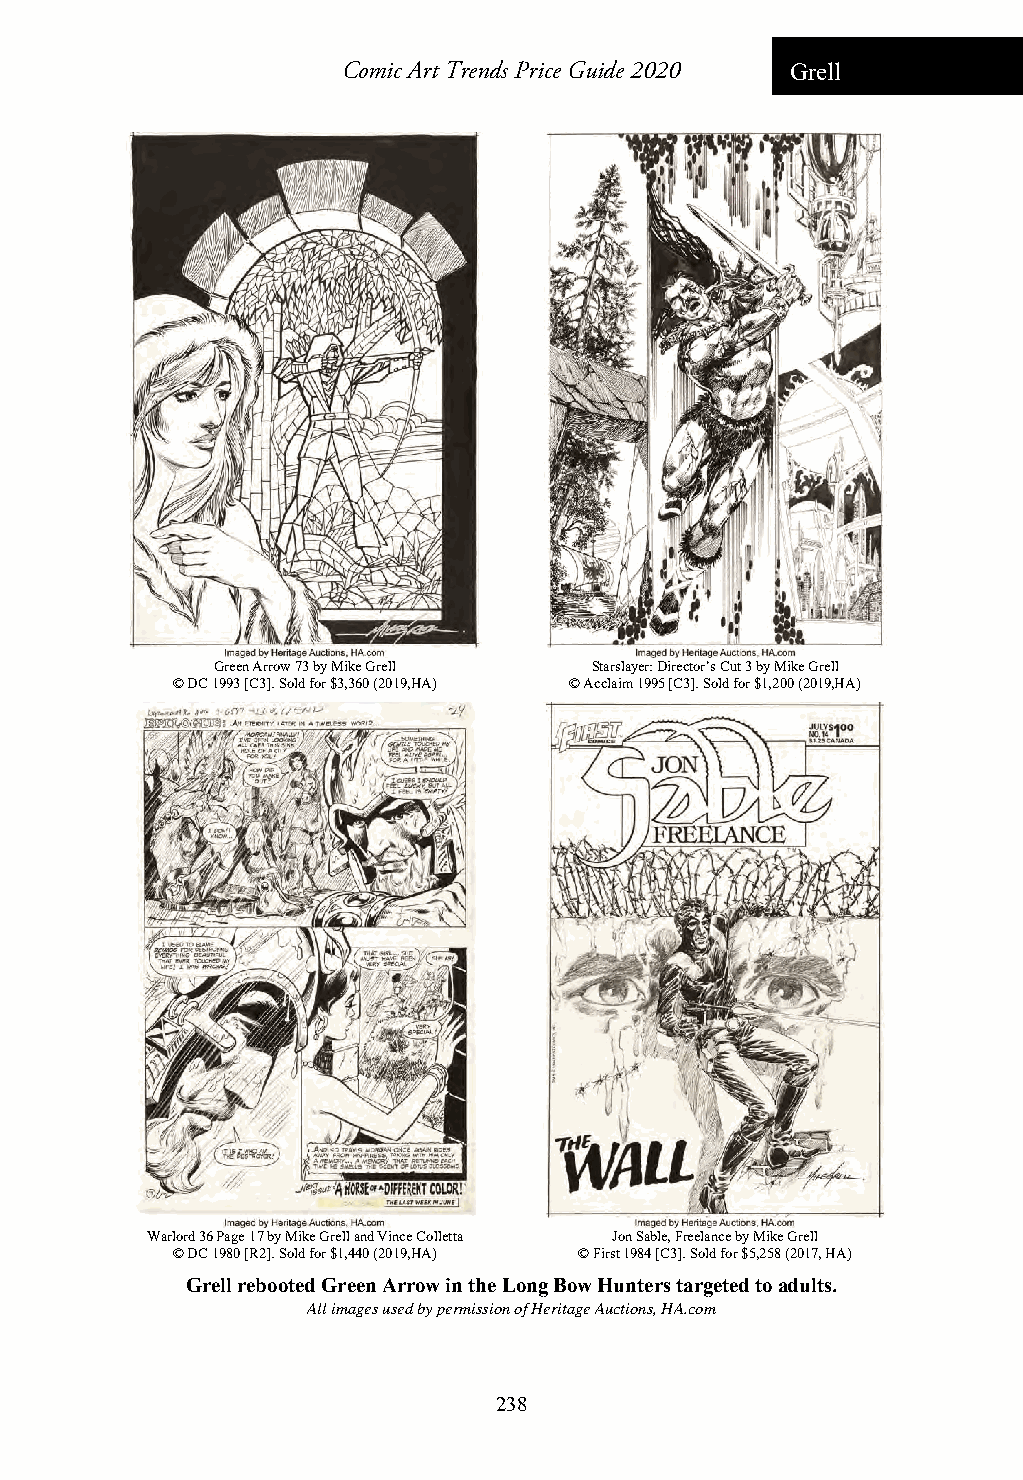
Comic Art Trends Price Guide 2020 Grell
 Green Arrow 73 by Mike Grell Starslayer: Director’s Cut 3 by Mike Grell
 © DC 1993 [C3]. Sold for $3,360 (2019,HA) © Acclaim 1995 [C3]. Sold for $1,200 (2019,HA)
 Warlord 36 Page 17 by Mike Grell and Vince Colletta Jon Sable, Freelance by Mike Grell
 © DC 1980 [R2]. Sold for $1,440 (2019,HA) © First 1984 [C3]. Sold for $5,258 (2017, HA)
 Grell rebooted Green Arrow in the Long Bow Hunters targeted to adults.
 All images used by permission of Heritage Auctions, HA.com
 238